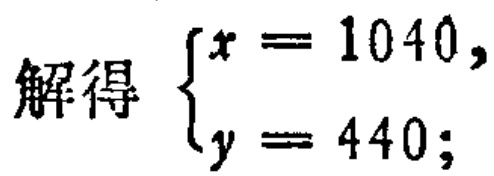
解得\(\begin{cases}
x = 1040,\\
y = 440;
\end{cases}\)